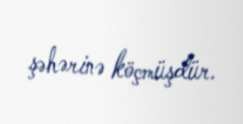
şəhərinə köçmüşdür.